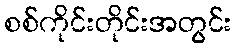
စစ်ကိုင်းတိုင်းအတွင်း